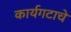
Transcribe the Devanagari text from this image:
कार्यगटाचे